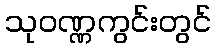
သုဝဏ္ဏကွင်းတွင်